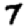
Digit: 7